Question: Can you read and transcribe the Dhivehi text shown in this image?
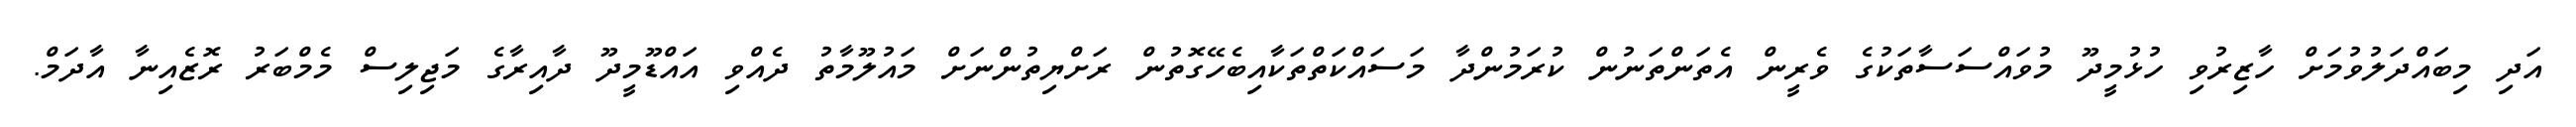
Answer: އަދި މިބައްދަލުވުމަށް ހާޒިރުވި ހުޅުމީދޫ މުވައްސަސާތަކުގެ ވެރީން އެތަންތަނުން ކުރަމުންދާ މަސައްކަތްތަކާއިބެހޭގޮތުން ރަށްޔިތުންނަށް މައުލޫމާތު ދެއްވި އައްޑޫމީދޫ ދާއިރާގެ މަޖިލިސް މެމްބަރު ރޮޒެއިނާ އާދަމް.